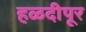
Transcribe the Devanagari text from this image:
हळदीपूर